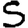
Digit: 5